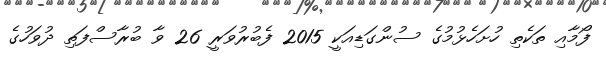
ފޯމާއި ތަކެތި ހުށަހެޅުމުގެ ސުންގަޑިއަކީ 2015 ފެބުރުވަރީ 26 ވާ ބުރާސްފަތި ދުވަހުގެ